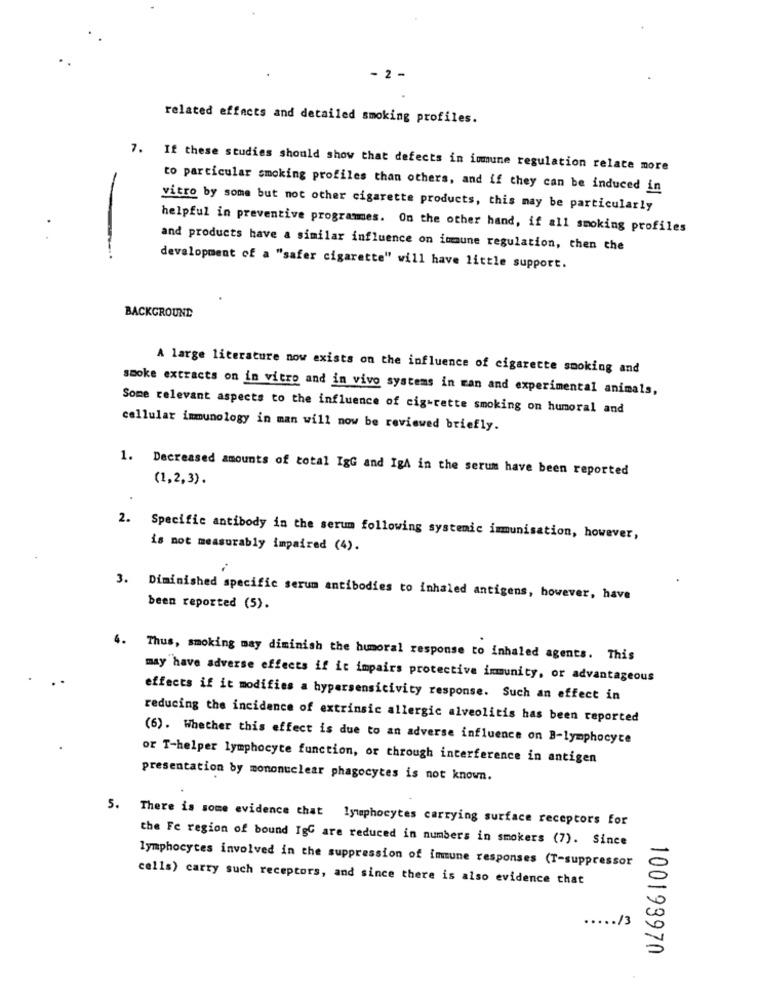
- 2 -
related effects and detailed smoking profiles.
7. If these studies should show that defects in immune regulation relate more
to particular smoking profiles than others, and if they can be induced in
vitro by some but not other cigarette products, this may be particularly
helpful in preventive programes. On the other hand, if all smoking profiles
and products have a similar influence on immune regulation, then the
development of a "safer cigarette" will have little support.
BACKGROUND
A large literature now exists on the influence of cigarette smoking and
smoke extracts on in vitro and in vivo systems in man and experimental animals,
Some relevant aspects to the influence of cigarette smoking on humoral and
cellular immunology in man will now be reviewed briefly.
1. Decreased amounts of total IgG and IgA in the serum have been reported
(1,2,3).
2.
Specific antibody in the serum following systemic immunisation, however,
is not measurably impaired (4).
3. Diminished specific serum antibodies to inhaled antigens, however, have
been reported (5).
4.
Thus, smoking may diminish the humoral response to inhaled agents. This
may have adverse effects if it impairs protective immunity, or advantageous
effects if it modifies a hypersensicivity response. Such an effect in
reducing the incidence of extrinsic allergic alveolitis has been reported
(6). Whether this effect is due to an adverse influence on B-lymphocyte
or T-helper lymphocyte function, or through interference in antigen
presentation by mononuclear phagocytes is not known.
5. There is some evidence that lymphocytes carrying surface receptors for
the Fe region of bound IgG are reduced in numbers in smokers (7). Since
lymphocytes involved in the suppression of immune responses (T-suppressor
cells) carry such receptors, and since there is also evidence that
13
100199970